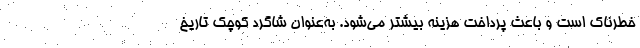
خطرناک است و باعث پرداخت هزینه بیشتر می‌شود. به‌عنوان شاگرد کوچک تاریخ